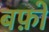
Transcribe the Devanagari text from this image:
बफ़ो